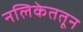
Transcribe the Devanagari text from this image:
नलिकेततून